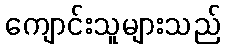
ကျောင်းသူများသည်